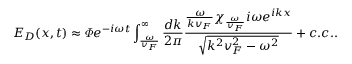
E _ { D } ( x , t ) \approx \varPhi e ^ { - i \omega t } \int _ { \frac { \omega } { v _ { F } } } ^ { \infty } \frac { d k } { 2 \pi } \frac { \frac { \omega } { k v _ { F } } \chi _ { \frac { \omega } { v _ { F } } } i \omega e ^ { i k x } } { \sqrt { k ^ { 2 } v _ { F } ^ { 2 } - \omega ^ { 2 } } } + c . c . .